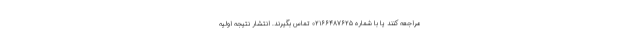
مراجعه کنند یا با شماره ۰۲۱۶۶۴۸۷۶۲۵ تماس بگیرند. انتشار نتیجه اولیه